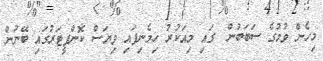
މިހެން ވުމުގެ ސަބަބުން  ގައި މިއަކުރު ހިމެނިފައި ވިޔަސް ކޮންޕީޓަރުގައި ބޭނުން